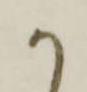
か